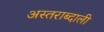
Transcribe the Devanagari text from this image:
अस्तराब्दाली